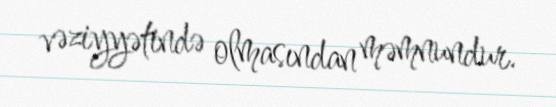
vəziyyətində olmasından məmnundur.